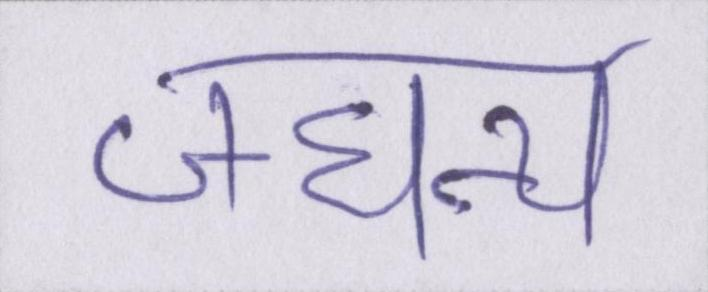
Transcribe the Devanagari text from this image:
जघन्य